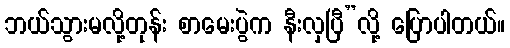
ဘယ်သွားမလို့တုန်း စာမေးပွဲက နီးလှပြီ”လို့ ပြောပါတယ်။